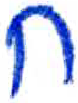
אות: ח